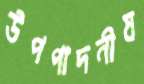
উপপাদনীয